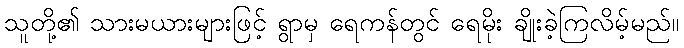
သူတို့၏ သားမယားများဖြင့် ရွာမှ ရေကန်တွင် ရေမိုး ချိုးခဲ့ကြလိမ့်မည်။